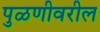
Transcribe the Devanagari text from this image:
पुळणीवरील